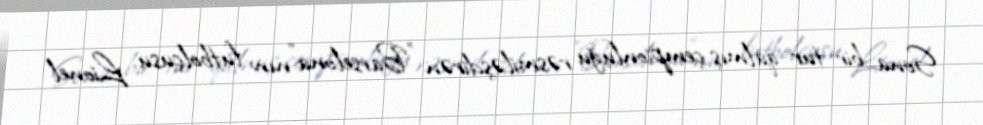
Sona bir tur qalmış çempionluğu rəsmiləşdirən "Barselona"nın futbolçusu Lionel